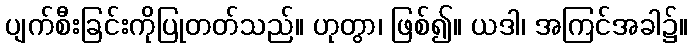
ပျက်စီးခြင်းကိုပြုတတ်သည်။ ဟုတွာ၊ ဖြစ်၍။ ယဒါ၊ အကြင်အခါ၌။